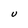
Character: U